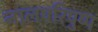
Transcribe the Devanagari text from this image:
नालपरिपुष्प